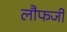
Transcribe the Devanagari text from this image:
लौफर्जी